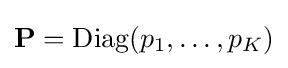
{\bf {P}}=\operatorname {Diag} ({p_{1},\ldots ,p_{K}})